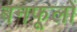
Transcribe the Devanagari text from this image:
बनफूलों